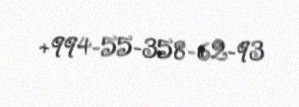
+994-55-358-62-93